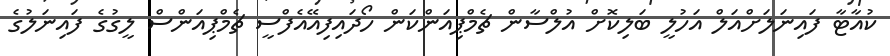
ކުއާޓާ ފައިނަލަށްއަލް އަހުލީ ބަލިކޮށް އުލްސާން ޗެމްޕިއަންކަން ހޯދައިފިއޭއެފްސީ ޗެމްޕިއަންސް ލީގުގެ ފައިނަލުގެ